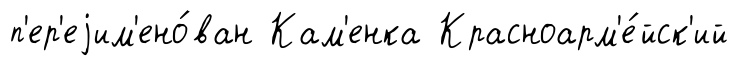
п'ер'еjим'ено́ван Кам'енка Красноарм'е́йск'ий